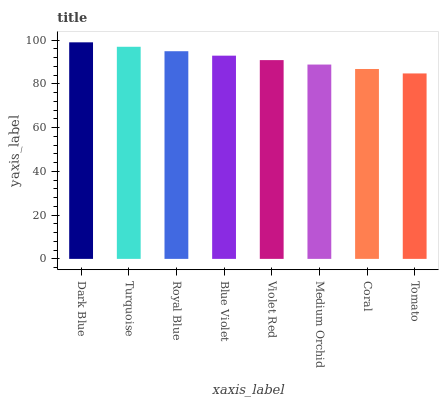
| xaxis_label | bars |
 | --- | --- |
 | Dark Blue | 99 |
 | Turquoise | 97 |
 | Royal Blue | 94.9 |
 | Blue Violet | 92.9 |
 | Violet Red | 90.9 |
 | Medium Orchid | 88.8 |
 | Coral | 86.8 |
 | Tomato | 84.8 |